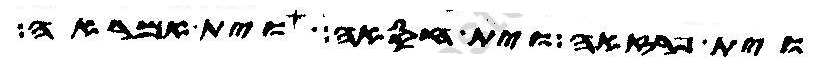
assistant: וית פרזאה וית חסאה וית אמראה